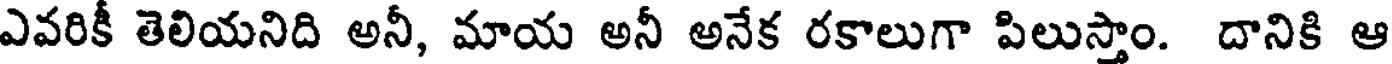
ఎవరికీ తెలియనిది అనీ, మాయ అనీ అనేక రకాలుగా పిలుస్తాం. దానికి ఆ